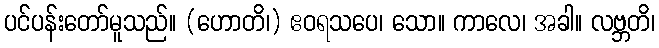
ပင်ပန်းတော်မူသည်။ (ဟောတိ၊) ဧဝရသပေ၊ သော။ ကာလေ၊ အခါ။ လဗ္ဘတိ၊